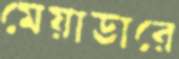
মেয়াডারে